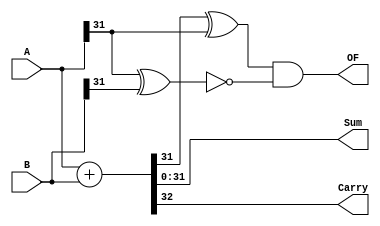
module adderPlus #(parameter N = 32 ) (A,B,Sum,Carry,OF);
input [N-1:0] A, B;
output [N-1:0] Sum;
output Carry;
output OF;

assign {Carry,Sum} = A + B;

assign OF = ((Sum[N-1]^A[N-1])&(~(A[N-1]^B[N-1])));

endmodule